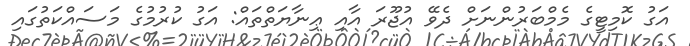
އަގު ކޮމިޓީގެ މެމްބަރުންނަށް ދެވޭ އުޖޫރަ އާއި ޢިނާޔަތްތައް: އަގު ކުރުމުގެ މަސައްކަތުގައި